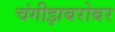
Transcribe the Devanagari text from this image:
चंगीझबरोबर